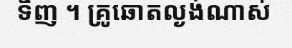
ទិញ ។ គ្រូឆោតល្ងង់ណាស់